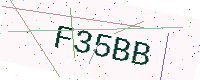
Text: F35BB